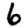
Digit: 6